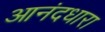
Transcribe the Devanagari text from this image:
आनंदधारा